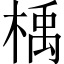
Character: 楀